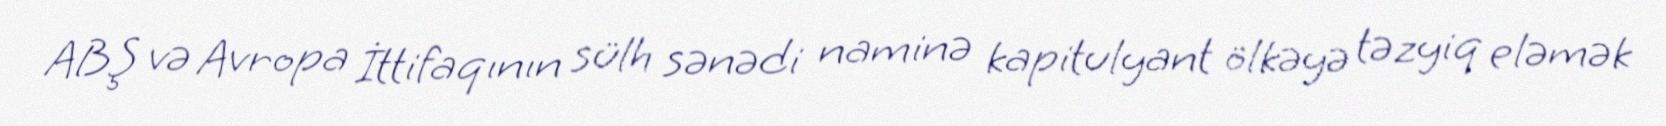
ABŞ və Avropa İttifaqının sülh sənədi naminə kapitulyant ölkəyə təzyiq eləmək